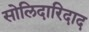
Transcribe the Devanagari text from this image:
सोलिदारिदाद